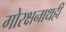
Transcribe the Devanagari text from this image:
गोरक्षनाथही